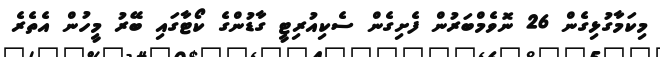
މިކަމާގުޅިގެން 26 ނޮވެމްބަރުން ފެށިގެން ސެކިއުރިޓީ ގާޑުންގެ ކޯޓާގައި ބޭރު މީހުން އެތެރެ